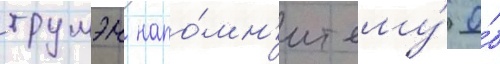
трумэн напо́мн'ит ему́ о́б